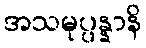
အသမုပ္ပန္နာနိ